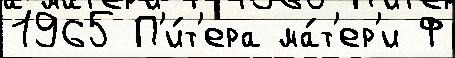
1965 П'и́т'ера ма́т'ер'и Ф